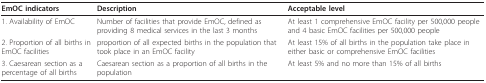
| EmOC indicators | Description | Acceptable level |
 | --- | --- | --- |
 | 1. Availability of EmOC | Number of facilities that provide EmOC, defined as providing 8 medical services in the last 3 months | At least 1 comprehensive EmOC facility per 500,000 people and 4 basic EmOC facilities per 500,000 people |
 | 2. Proportion of all births in EmOC facilities | proportion of all expected births in the population that took place in an EmOC facility | At least 15% of all births in the population take place in either basic or comprehensive EmOC facilities |
 | 3. Caesarean section as a percentage of all births | Caesarean section as a proportion of all births in the population | At least 5% and no more than 15% of all births |